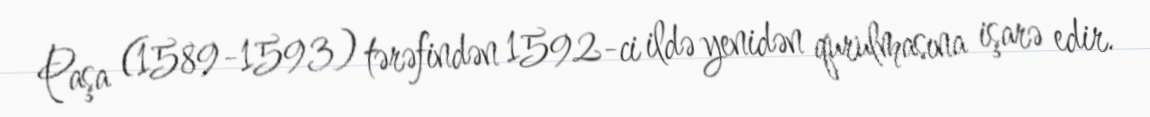
Paşa (1589-1593) tərəfindən 1592-ci ildə yenidən qurulmasına işarə edir.